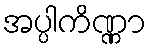
အပ္ပါကိဏ္ဏာ